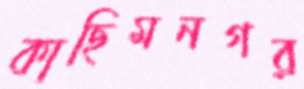
কাছিমনগর